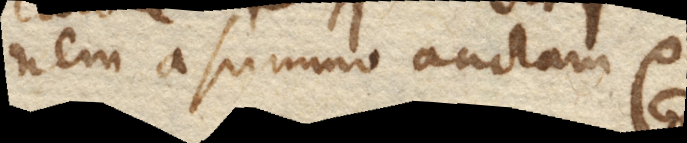
nem a summo auctam etc. +)